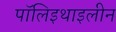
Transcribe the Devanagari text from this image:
पॉलिइथाइलीन